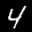
Label: 4